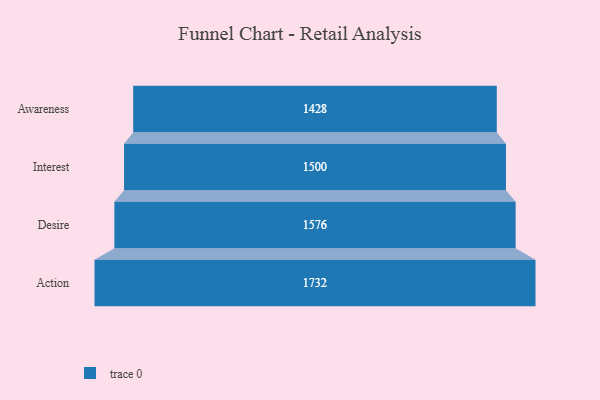
{"axis": {"x": "Stage", "y": "Value"}, "legend": [""], "data": [{"x": "Awareness", "y": 1428.0, "type": ""}, {"x": "Interest", "y": 1500.0, "type": ""}, {"x": "Desire", "y": 1576.0, "type": ""}, {"x": "Action", "y": 1732.0, "type": ""}]}